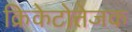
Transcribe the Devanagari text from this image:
क्रिकेटोत्तेजक